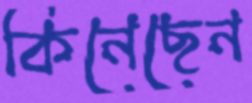
কিনেছেন